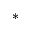
^ { * }